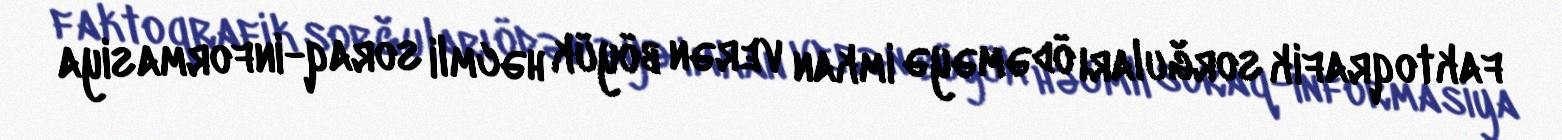
faktoqrafik sorğuları ödəməyə imkan verən böyük həcmli soraq-informasiya